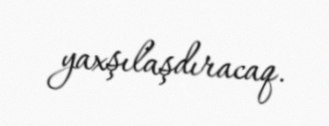
yaxşılaşdıracaq.